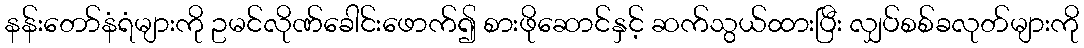
နန်းတော်နံရံများကို ဥမင်လိုဏ်ခေါင်းဖောက်၍ စားဖိုဆောင်နှင့် ဆက်သွယ်ထားပြီး လျှပ်စစ်ခလုတ်များကို